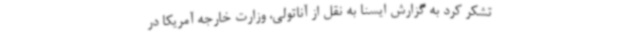
تشکر کرد به گزارش ایسنا به نقل از آناتولی، وزارت خارجه آمریکا در